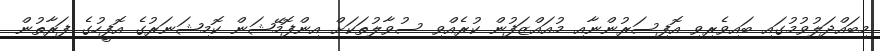
މިބައްދަލުވުމުގައި ބައިވެރިވި އޮފިސަރުންނާއި މުއައްޒަފުން ކުރެއްވި ސުވާލުތަކަށް އިންފޮމޭޝަން ކޮމިޝަނަރުގެ އޮފީހުގެ ފަރާތުން